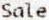
SALE